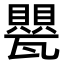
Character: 甖